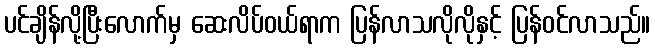
ပင်ချိန်လို့ပြီးလောက်မှ ဆေးလိပ်ဝယ်ရာက ပြန်လာသလိုလိုနှင့် ပြန်ဝင်လာသည်။